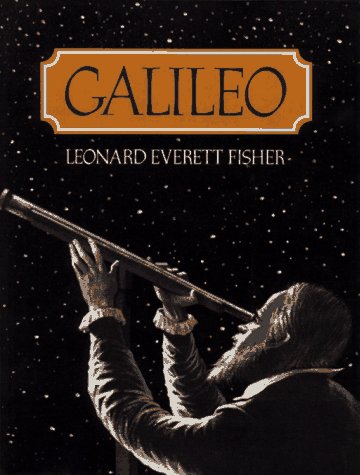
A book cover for Galileo; Leonard Everett Fisher; Children's Books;